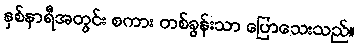
နှစ်နာရီအတွင်း စကား တစ်ခွန်းသာ ပြောသေးသည်။